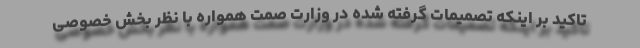
تاکید بر اینکه تصمیمات گرفته شده در وزارت صمت همواره با نظر بخش خصوصی